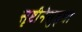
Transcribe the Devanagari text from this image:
सृष्टीनेसुद्धा